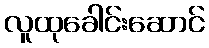
လူထုခေါင်းဆောင်